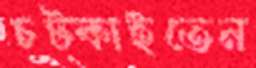
চট্‌কাইতেন